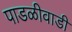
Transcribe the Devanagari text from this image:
पाडळीवाडी